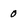
Character: 0